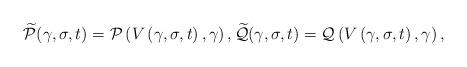
LaTeX: \begin{align*}\widetilde{\mathcal{P}}(\gamma,\sigma,t) = \mathcal{P}\left(V\left(\gamma,\sigma,t\right),\gamma\right), \widetilde{\mathcal{Q}}(\gamma,\sigma,t) = \mathcal{Q}\left(V\left(\gamma,\sigma,t\right),\gamma\right),\end{align*}